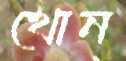
থোন